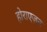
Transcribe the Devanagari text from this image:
होराएज़न